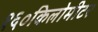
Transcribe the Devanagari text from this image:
१६०किलोमीटर